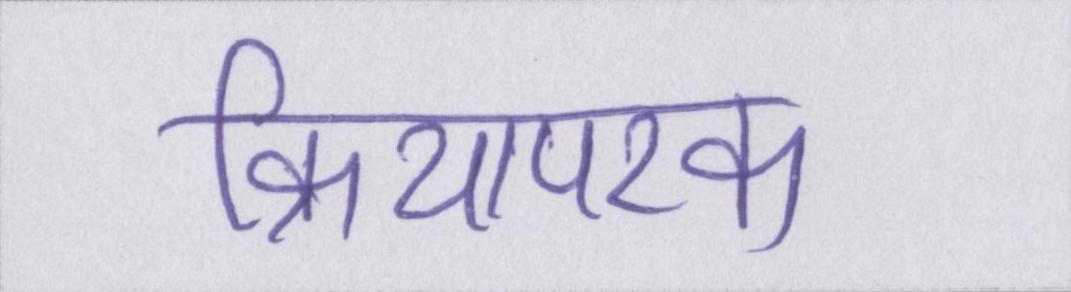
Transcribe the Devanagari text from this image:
क्रियापरक